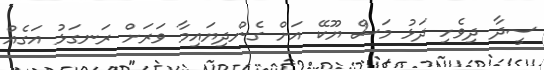
ސީދާ ދިވެހި ދަޅު މަސް ޔޫކޭ އަށް ގެންދިޔައިމާ ވަރަށް ރަނގަޅު އަގެއް